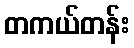
တကယ်တန်း